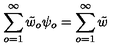
\sum _ { o = 1 } ^ { \infty } { \tilde { w } } _ { o } \psi _ { o } = \sum _ { o = 1 } ^ { \infty } { \tilde { w } }